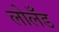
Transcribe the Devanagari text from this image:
लोलँड